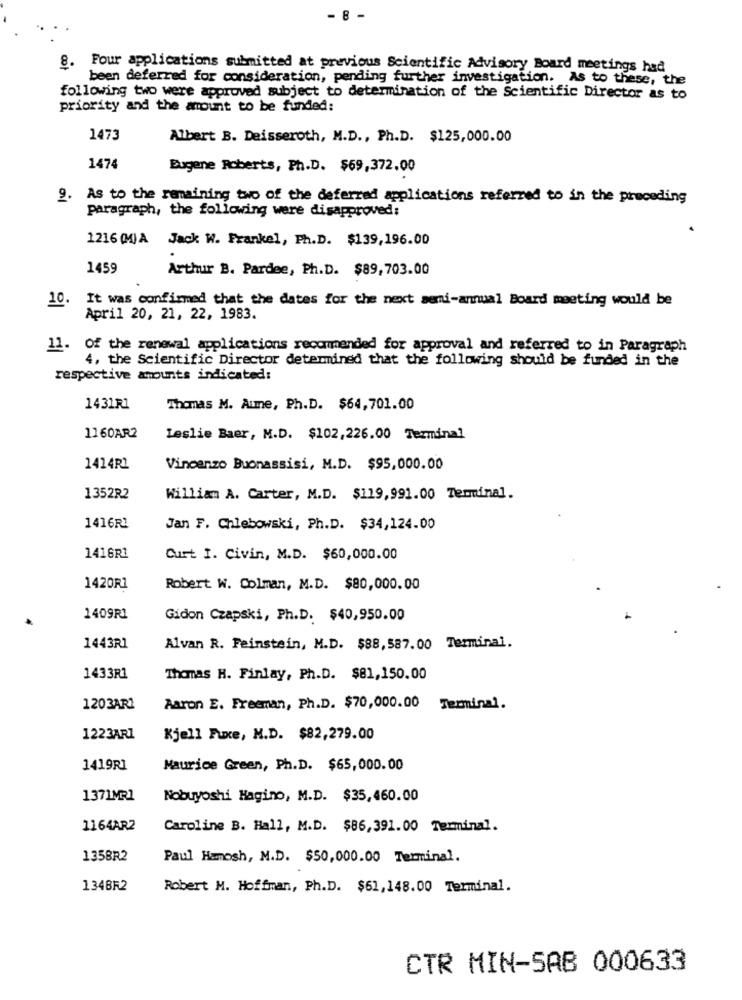
8 -
8. Four applications submitted at previous Scientific Advisory Board meetings had
been deferred for consideration, pending further investigation. As to these, the
following two were approved subject to determination of the Scientific Director as to
priority and the amount to be funded:
1473
Albert B. Deisseroth, M.D ., Ph.D. $125,000.00
1474
Eugene Roberts, Ph.D. $69,372.00
9.
As to the remaining two of the deferred applications referred to in the preceding
paragraph, the following were disapproved;
1216 (M) A Jack W. Frankel, Ph.D. $139,196.00
1459
Arthur B. Pardee, Ph.D. $89,703.00
10.
It was confirmed that the dates for the next semi-annual Board meeting would be
April 20, 21, 22, 1983.
11. Of the renewal applications recommended for approval and referred to in Paragraph
4, the Scientific Director determined that the following should be funded in the
respective amounts indicated:
1431R1
Thomas M. Aume, Ph.D. $64,701.00
1160AR2
Leslie Baer, M.D. $102,226.00 Terminal
1414R1
Vincenzo Buonassisi, M.D. $95,000.00
1352R2
William A. Carter, M.D. $119,991.00 Terminal.
1416R1
Jan F. Chlebowski, Ph.D. $34,124.00
1416R1
Curt I. Civin, M.D. $60,000.00
1420R1
Robert W. Colman, M.D. $80,000.00
1409R1
Gidon Czapski, Ph.D. $40,950.00
1443R1
Alvan R. Feinstein, M.D. $88,587.00 Terminal.
1433R1
Thomas H. Finlay, Ph.D. $81,150.00
1203AR1
Aaron E. Freeman, Ph.D. $70,000.00 Terminal.
1223AR1
Kjell Fuxe, M.D. $82,279.00
1419RI
Maurice Green, Ph.D. $65,000.00
1371MR1
Nobuyoshi Hagino, M.D. $35,460.00
1164AR2
Caroline B. Hall, M.D. $86,391.00 Terminal.
1358R2
Paul Hamosh, M.D. $50,000.00 Terminal.
134BF2
Robert M. Hoffman, Ph.D. $61,148.00 Terminal.
CTR MIN-SAB 000633